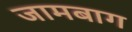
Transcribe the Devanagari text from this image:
जामबाग